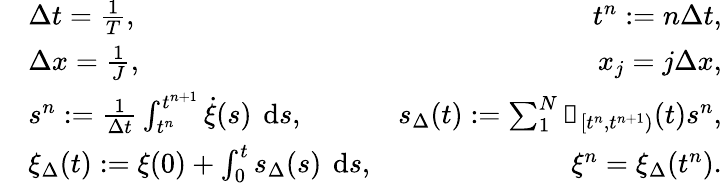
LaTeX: \begin{array}{rlr}&{\Delta t=\frac{1}{T},}&{t^{n}:=n\Delta t,}\\ &{\Delta x=\frac{1}{J},}&{x_{j}=j\Delta x,}\\ &{s^{n}:=\frac{1}{\Delta t}\int_{t^{n}}^{t^{n+1}}\dot{\xi}(s)\textrm{\, d}s,}&{s_{\Delta}(t):=\sum_{1}^{N}\mathbb{1}_{[t^{n},t^{n+1})}(t)s^{n},}\\ &{\xi_{\Delta}(t):=\xi(0)+\int_{0}^{t}s_{\Delta}(s)\textrm{\, d}s,}&{\xi^{n}=\xi_{\Delta}(t^{n}).}\end{array}